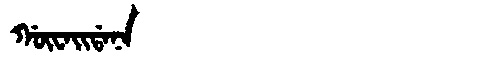
Manchu: ᡤᡡᠸᠠᡳᡩᠠᠨᠠ
Romanization: GŪWAIDANA